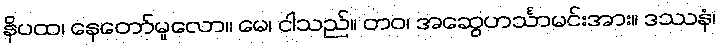
နိပထ၊ နေတော်မူလော။ မေ၊ ငါသည်။ တဝ၊ အဆွေဟင်္သာမင်းအား။ ဒဿနံ၊